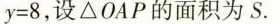
y = 8$$，设△OAP的面积为S.